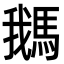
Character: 𩣣